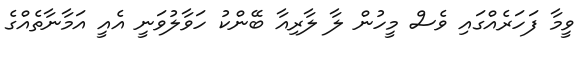
ވީމާ ފަހަރެއްގައި ވެސް މީހުން ލާ ލާރިއާ ބޭންކު ހަވާލުވަނީ އެއީ އަމާނާތެއްގެ